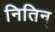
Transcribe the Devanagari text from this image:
नितिन्